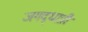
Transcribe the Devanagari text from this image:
जगद्‌धात्री